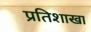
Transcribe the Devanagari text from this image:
प्रतिशाखा